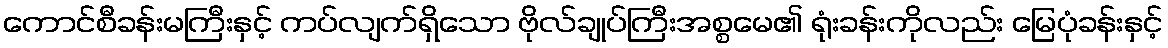
ကောင်စီခန်းမကြီးနှင့် ကပ်လျက်ရှိသော ဗိုလ်ချုပ်ကြီးအစ္စမေ၏ ရုံးခန်းကိုလည်း မြေပုံခန်းနှင့်